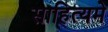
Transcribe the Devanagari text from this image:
साहित्यमे